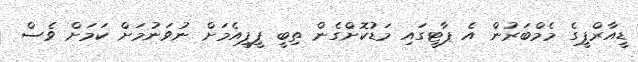
ޑީއާރްޕީގެ މެމްބަރުން އެ ޕާޓީގައި މަޑުކޮށްގެން ތިބީ ޕީޕީއެމަށް ނުވަނުމަށް ކަމަށް ވެސް